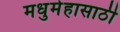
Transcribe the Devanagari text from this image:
मधुमेहासाठी